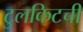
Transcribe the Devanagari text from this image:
टुलकिटची